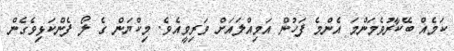
ކަމެއް ބޭކާރުވެމަންމަ އެންމެ ފަހުން އަމިއްލައަށް ވަރިވީއެވެ. މިކްޔަން ގެ ލޯ ފެންކަޅިވެގެން